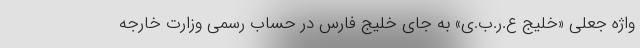
واژه جعلی «خلیج ع.ر.ب.ی» به جای خلیج فارس در حساب رسمی وزارت خارجه